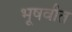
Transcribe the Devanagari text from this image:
भूषवीत